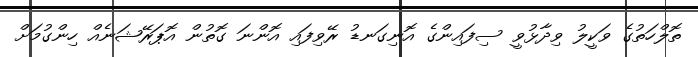
ތޮލްހަތުގެ ވަކީލު ވިދާޅުވީ ސިފައިންގެ އޮނިގަނޑު ރޭވިފައި އޮންނަ ގޮތުން އޮޕަރޭޝަނެއް ހިންގުމަށް